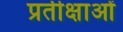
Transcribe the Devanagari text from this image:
प्रतीक्षाओं